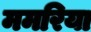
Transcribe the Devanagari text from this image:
ममरिया